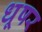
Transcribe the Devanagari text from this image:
धूषर